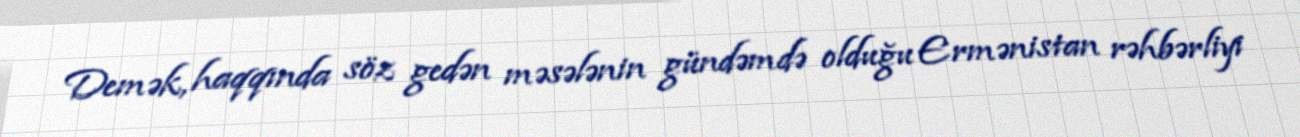
Demək, haqqında söz gedən məsələnin gündəmdə olduğu Ermənistan rəhbərliyi